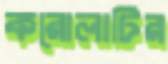
করোলাটির